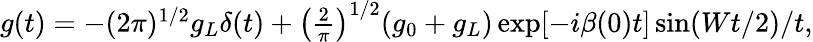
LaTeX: \begin{array}{r}{g(t)=-(2\pi)^{1/2}g_{L}\delta(t)+\left(\frac{2}{\pi}\right)^{1/2}(g_{0}+g_{L})\exp[-i\beta(0)t]\sin(Wt/2)/t,}\end{array}